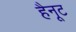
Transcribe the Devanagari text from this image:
हैनूट